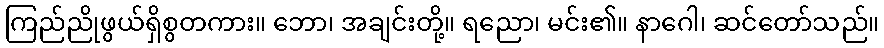
ကြည်ညိုဖွယ်ရှိစွတကား။ ဘော၊ အချင်းတို့။ ရညော၊ မင်း၏။ နာဂေါ၊ ဆင်တော်သည်။